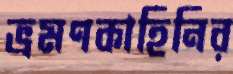
ভ্রমণকাহিনির